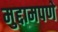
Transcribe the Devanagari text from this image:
मुद्दामपणे